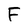
Character: F